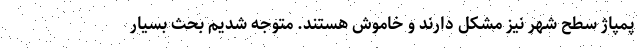
پمپاژ سطح شهر نیز مشکل دارند و خاموش هستند. متوجه شدیم بحث بسیار